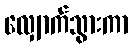
လျှောက်သွားကာ